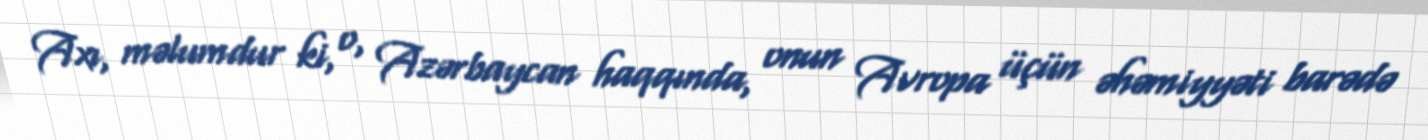
Axı, məlumdur ki, o, Azərbaycan haqqında, onun Avropa üçün əhəmiyyəti barədə